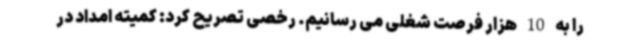
را به 10 هزار فرصت شغلی می رسانیم. رخصی تصریح کرد: کمیته امداد در